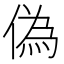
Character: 偽